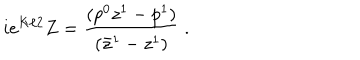
i e ^ { K / 2 } Z = { \frac { ( p ^ { 0 } z ^ { 1 } - p ^ { 1 } ) } { ( \bar { z } ^ { 1 } - z ^ { 1 } ) } } \ .